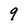
Character: 9